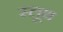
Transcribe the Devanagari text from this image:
स्लूथ